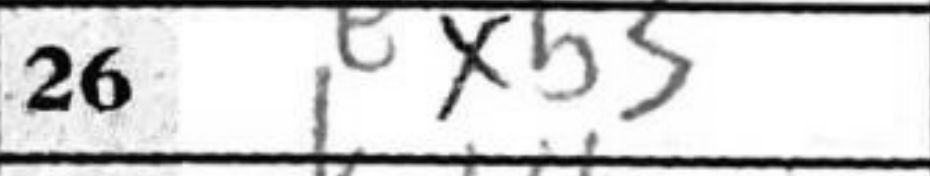
Transcription: Bxb3